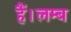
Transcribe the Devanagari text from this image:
हैं।लम्ब